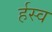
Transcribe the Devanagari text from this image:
र्हस्व